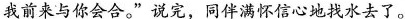
我前来与你会合。”说完，同伴满怀信心地找水去了。